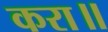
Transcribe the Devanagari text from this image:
करा॥